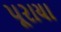
પૂરાયા